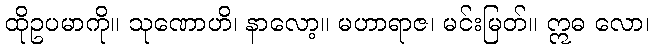
ထိုဥပမာကို။ သုဏောဟိ၊ နာလော့။ မဟာရာဇ၊ မင်းမြတ်။ ဣဓ လော၊